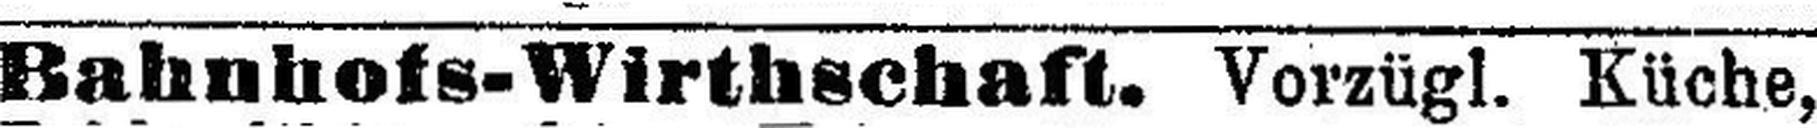
Bahnhofs-Wirthschaft. Vorzügl. Küche,